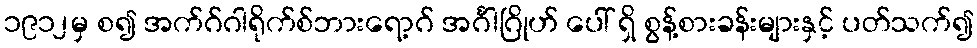
၁၉၁၂မှ စ၍ အက်ဂ်ဂါရိုက်စ်ဘားရော့ဂ် အင်္ဂါဂြိုဟ် ပေါ် ရှိ စွန့်စားခန်းများနှင့် ပတ်သက်၍